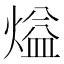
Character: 𰟏